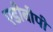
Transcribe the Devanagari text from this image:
एडीबीपी